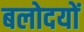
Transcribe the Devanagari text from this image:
बलोदयों